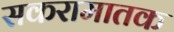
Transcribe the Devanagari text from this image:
सकरामातक